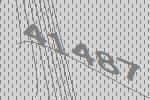
41487